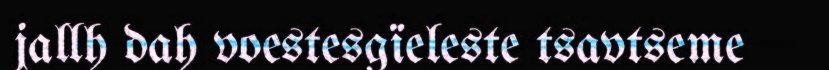
jallh dah voestesgïeleste tsavtseme